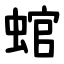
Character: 䗆